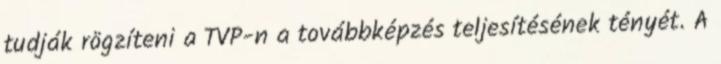
tudják rögzíteni a TVP-n a továbbképzés teljesítésének tényét. A